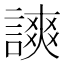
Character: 𧫗